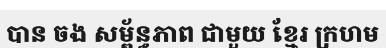
បាន ចង សម្ព័ន្ធភាព ជាមួយ ខ្មែរ ក្រហម